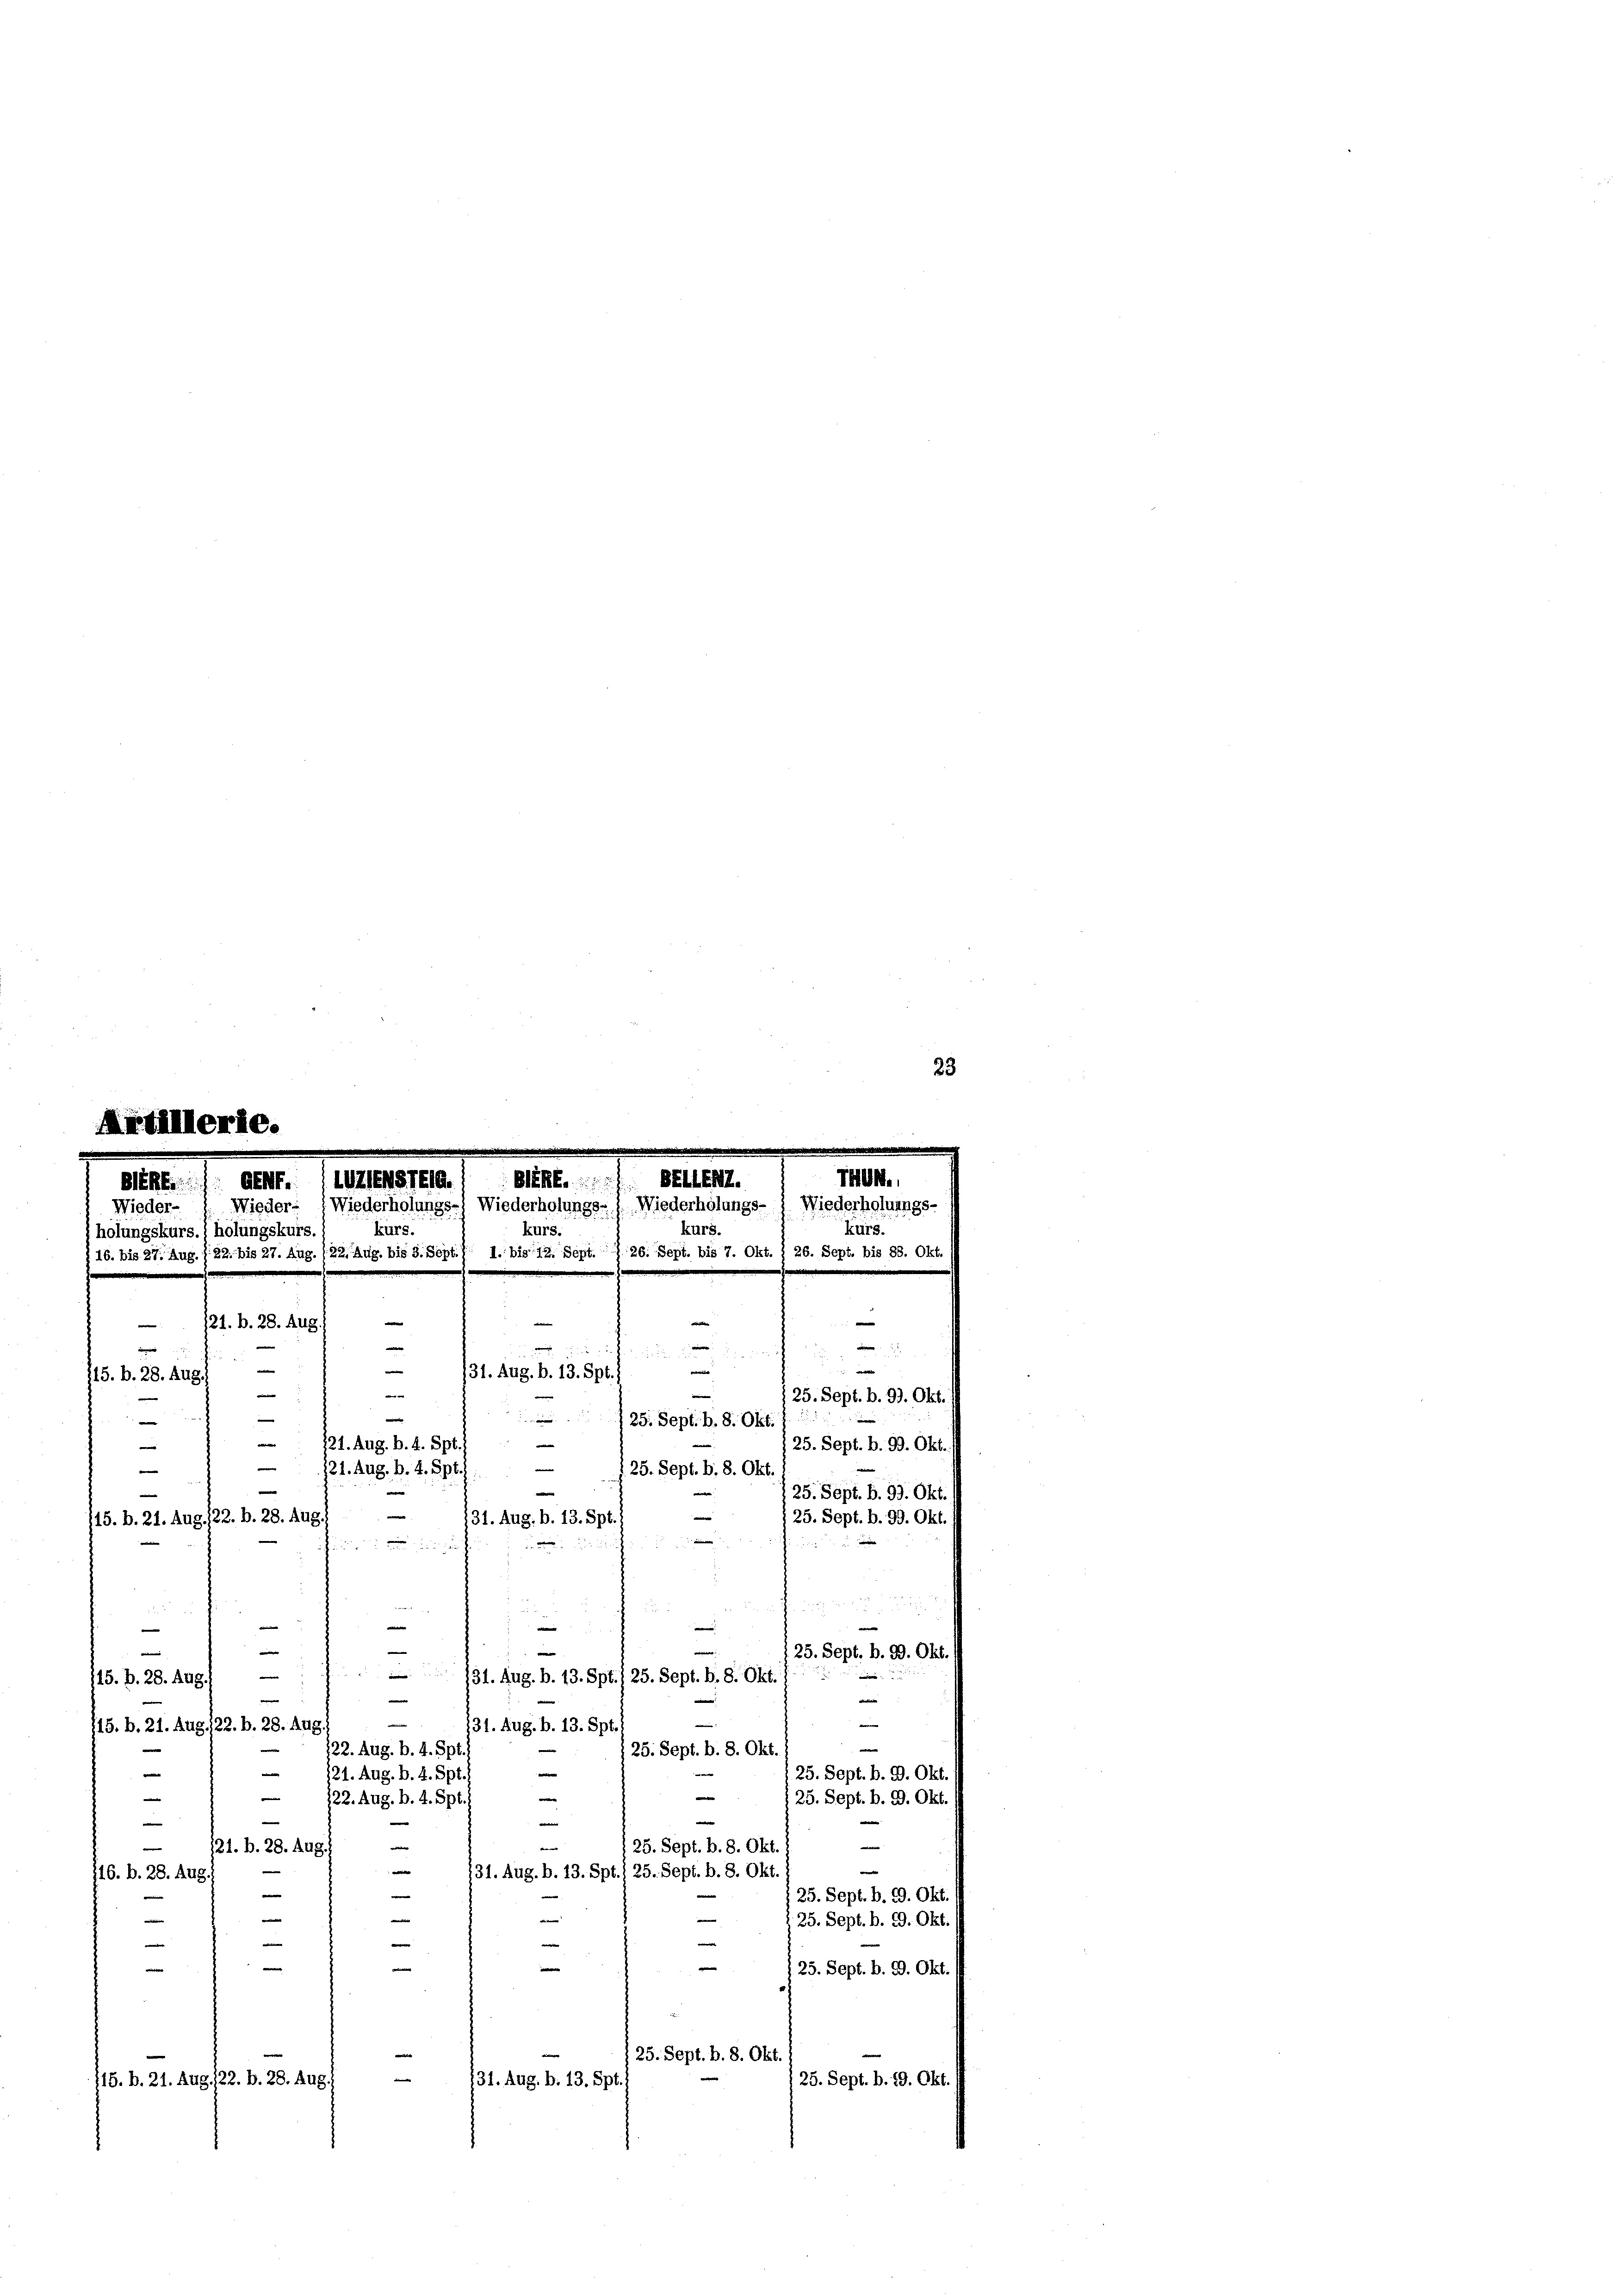
23
e

Eff
1DENSTEG.
BELLENZ.
GEM.
Siff
Nieder- 1. Wieder- (Wiederholungs- Wiederholungs- Wiederholungs- : Wiederholungs
kurs.
kurs.
kurs.
holungskurs.) holungskurs,
§ 16. bis 27. Aug. 122. bis 27. Aug. 122. Aug. bis 3. Sept. J. 1. bis 12. Sept. d. 26. Sept. bis 7. Okt. § 26. Sept. bis 88. Okt.
i
121. b. 28. Aug.
e
i
e
.

e
e
e

THUN.
kurs.
e
i
 2
e
e
—
731. Aug. b. 13. Spt. 1
e
|
—
/25. Sept. b. 99. Okt.
/25. Sept. b. 8. Okt.
—
w
21. Aug. b. 4. Spt.
25. Sept. b. 99. Okt.
e
|
121. Aug. b. 4. Spt.
125. Sept. b. 8. Okt.
e
e
25. Sept. b. 99. Okt.
e
n
25. Sept. b. 99. Okt.
115. b. 21. Aug. 122. b. 28. Aug
31. Aug. b. 13. Spt.
men

n

715. B. 28. Aug.

—
e
e
e
e
e
e
—
e
25. Sept. b. 99. Okt.

31. Aug. b. 13. Spt. 1 25. Sept. B. 8. Okt.
15. B. 28. Aug.
.
n

e
u
115. b. 21. Aug. 22. b. 28. Aug.
131. Aug. b. 13. Spt.
e
122. Aug. b. 4. Spt.
25. Sept. b. 8. Okt.
e
e
e
25. Sept. b. 9. Okt.
21. Aug. b. 4. Spt.
e
—
e
e
25. Sept. b. 9. Okt.
122. Aug. b. 4. Spt
e
—
e
.
e
w
25. Sept. b. 8. Okt.
121. B. 28. Aug.
e
e
e
131. Aug. b. 13. Spt./ 25. Sept. b. 8. Okt.
116. b. 28. Aug
e
|
25. Sept. b. 99. Okt.
d
n
—
a
e
25. Sept. b. 99. Okt.
e
e
|
e
e
e
e
 25. Sept. b. 99. Okt.
25. Sept. b. 8. Okt.
—
/25. Sept. b. 19. Okt.
131. Aug. b. 13. Spt
115. b. 21. Aug 122. b. 28. Aug.